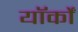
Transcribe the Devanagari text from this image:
यॉर्कों